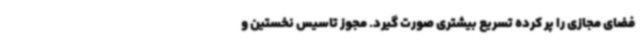
فضای مجازی را پر کرده تسریع بیشتری صورت گیرد. مجوز تاسیس نخستین و